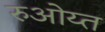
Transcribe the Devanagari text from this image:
रुओय्त